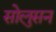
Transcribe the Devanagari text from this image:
सोलुसन